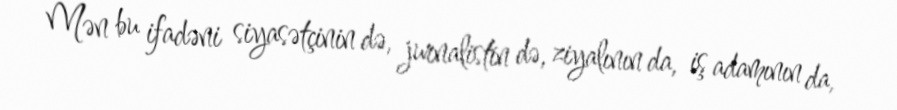
Mən bu ifadəni siyasətçinin də, jurnalistin də, ziyalının da, iş adamının da,